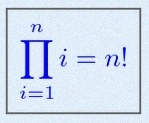
\prod_{i=1}^{n}i=n!